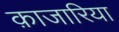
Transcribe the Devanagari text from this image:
क़ाजारिया